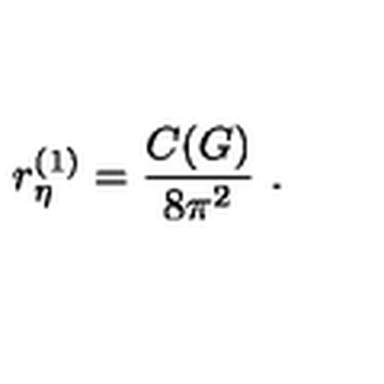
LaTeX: r _ { \eta } ^ { ( 1 ) } = \frac { C ( G ) } { 8 \pi ^ { 2 } } \ .